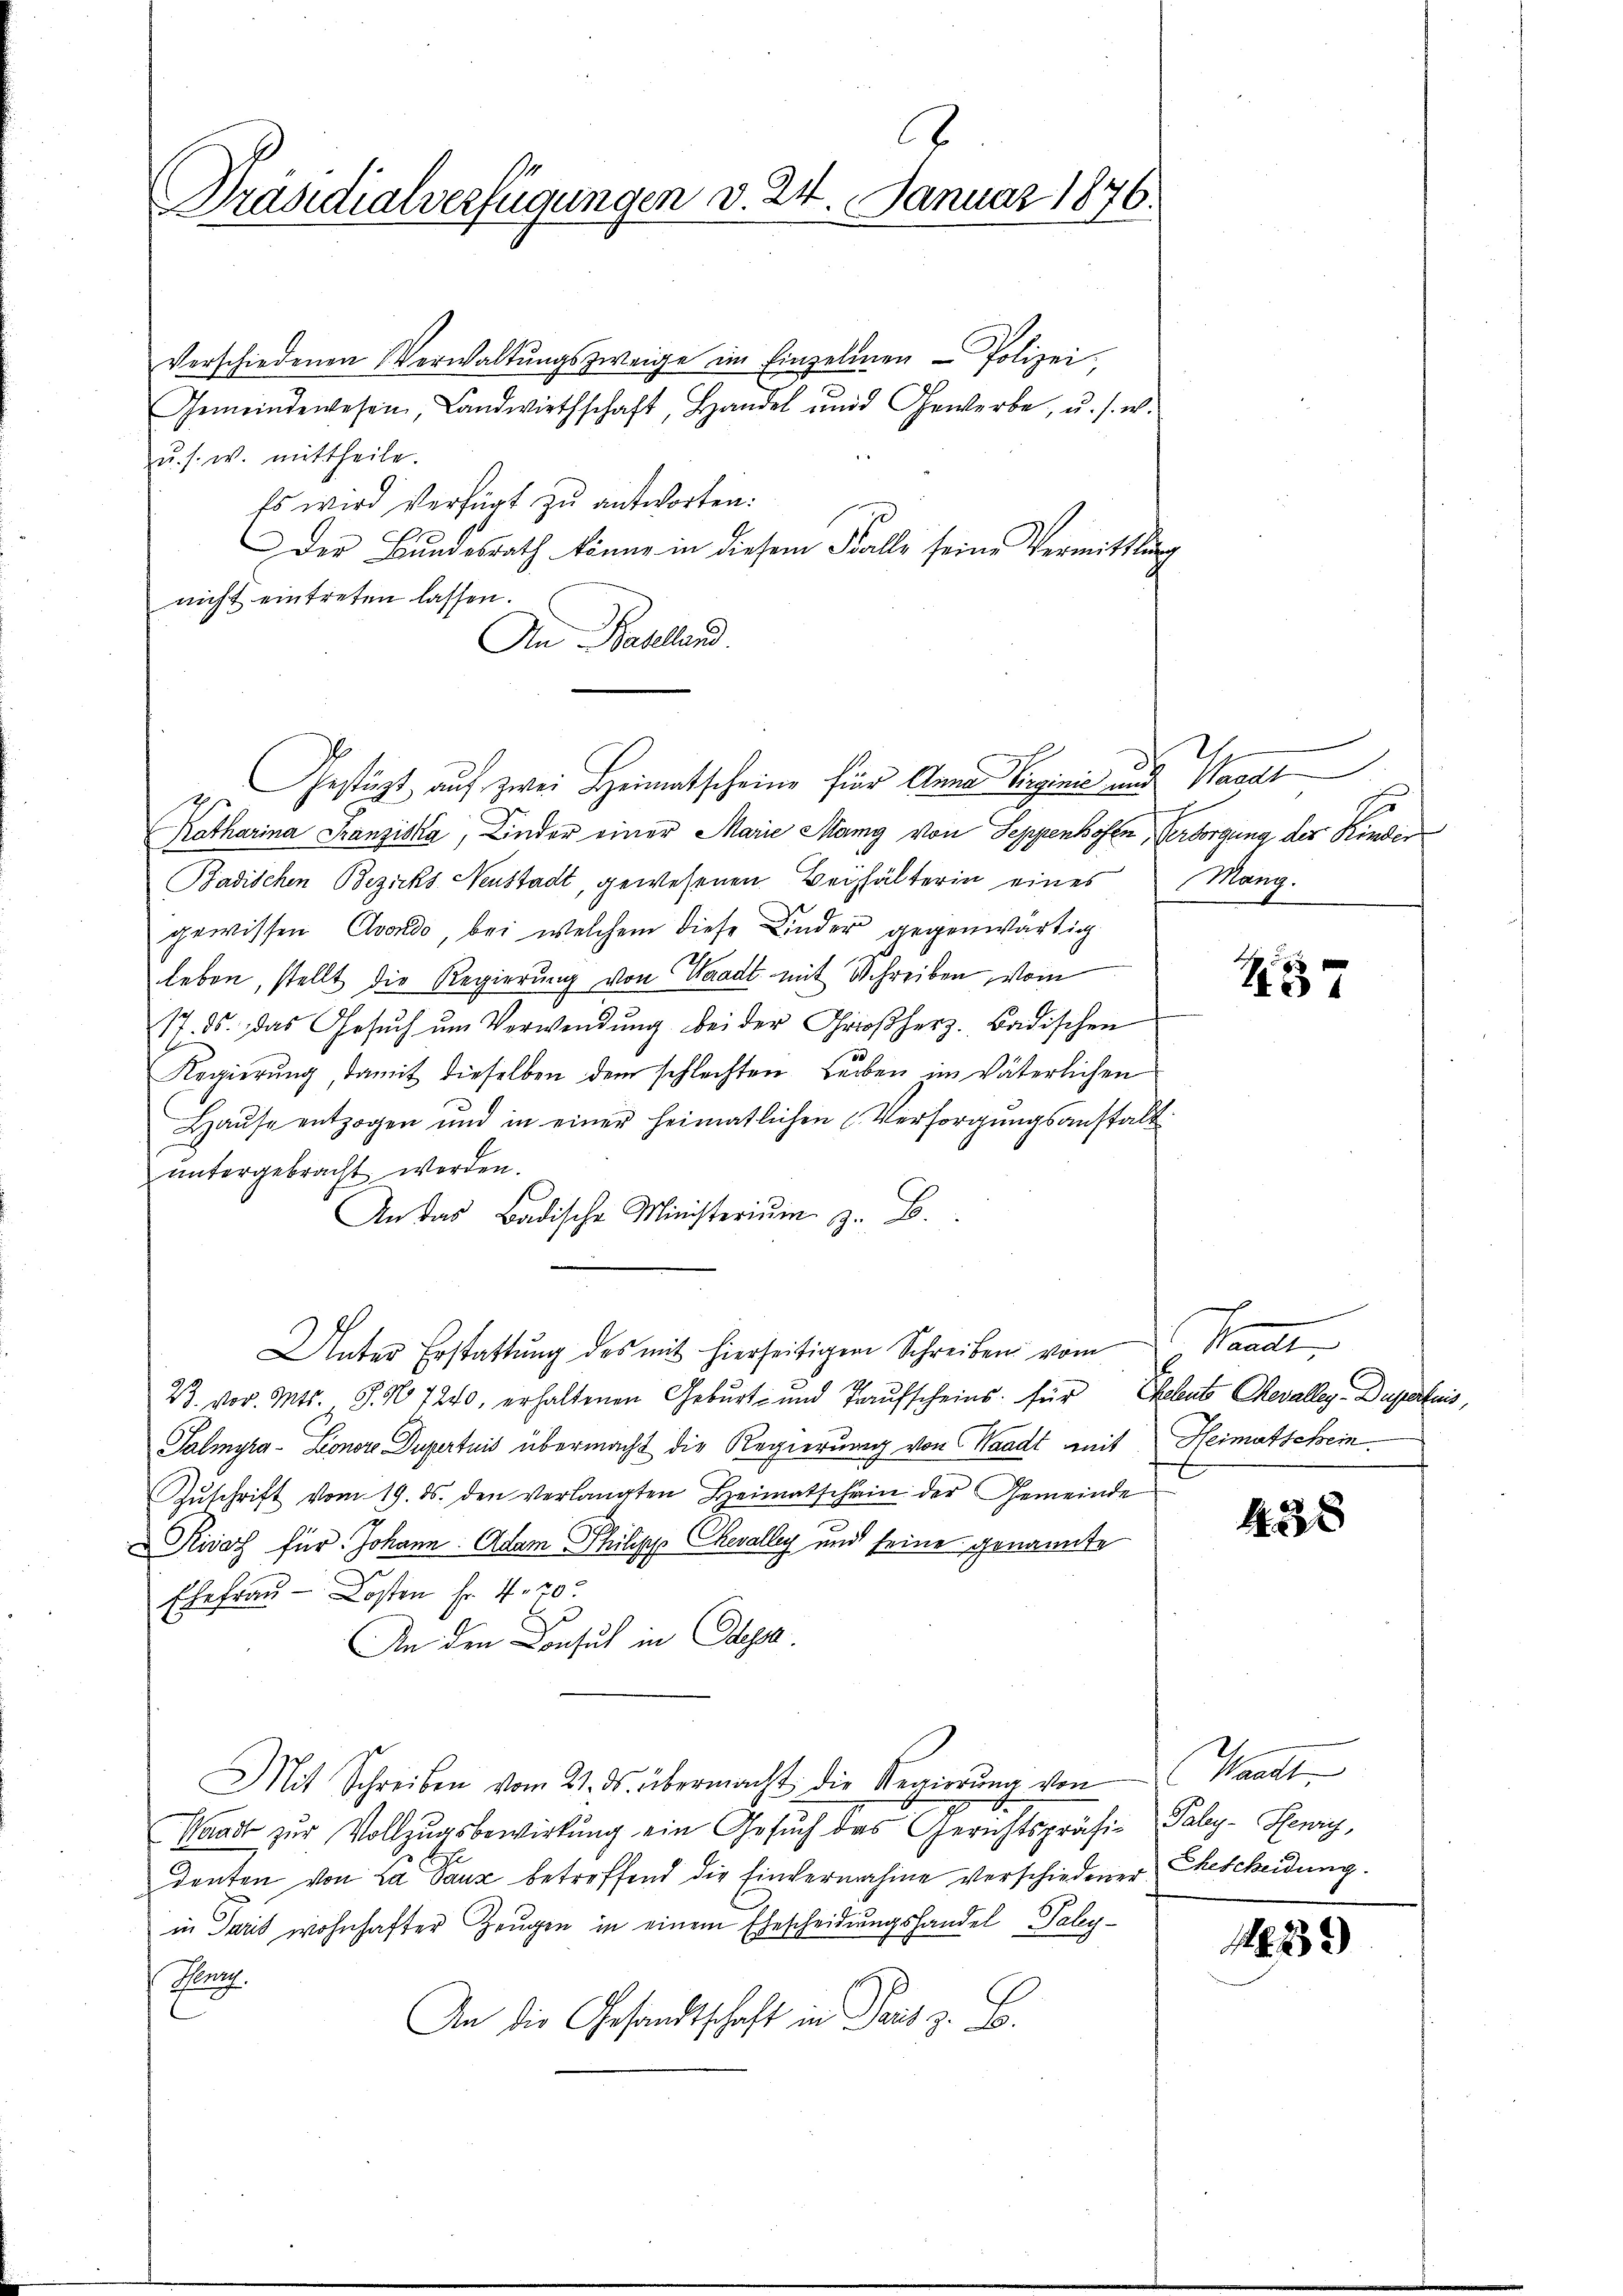
A
Präsidialverfügungen d. 24. Januar 1876.

Verschiedenen Verwaltŭngszweige im Einzelnen - Polizei-
Gemeindewesen, Landwirthschaft, Handel und Gewerbe, u. s. w.
u. s. w. mittheile.
Es wird verfügt zu antworten:
Der Bŭndesrath könne in diesem Falle seine Vermittlung
nicht eintreten lassen.
An Baselland.
Katharina Franziska, Kinder einer Marie Mang von Seppenkoster Versorgung der Kinden
Badischen Bezirks Neustadt, gewesenen Beyhälterin eines
gewissen Evando, bei welchem diese Kinder gegenwärtig
leben, stellt die Regierung von Waadt mit Schreiben vom
17. ds. das Gesŭch ŭm Verwendung bei der Großherz-Badischen
Regierŭng, damit dieselben dem schlechten Leben im väterlichen
Haŭse entzogen und in einer heimatlichen Versorgŭngsanstalt
untergebracht werden.
An das Badische Ministerium z. B.
Unter Erstattung des mit hierseitigen Schreiben vom
B
23. vor. Mts. S. No 7240, erhaltenen Geburt und Traŭfscheins für Cholents Chevalley-Duperteis,
Salmyra- Lionore Dupertuis übermacht die Regierung von Waadt mit
Zŭschrift vom 19. ds. den verlangten Heimatschain der Gemeinde
Kisar für Johann Adam Philipp Chevalley und seine genannte
Ehefrau - Kosten Fr. 420.
An den Consul in Cassa
Mit Schreiben vom 21. ds. übermacht die Regierŭng von Waadt
Waadt zur Vollzugsbewirkung ein Gesuch das Gerichtspräsi- Paley-Serry,
denten von La Sauz betreffend die Einvernahme verschiedener Ehescheidung.
in Paris wohnhafter Zeugen in einem Ehescheidungshandel Paley¬
Glanz.
An die Gesandtschaft in Paris z. B.

Gestüzt auf zwei Heimatscheine für Anna Virginić und Waadt

dh

2.
Mang

3

Pandt
Heimatschein

42

1333)